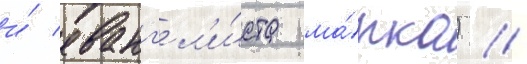
и́ еванг'ел'и́ста ма́рка) //